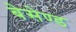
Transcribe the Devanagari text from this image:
बेसेण्ड